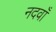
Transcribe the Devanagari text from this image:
नदवाँ